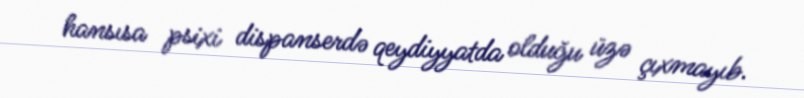
hansısa psixi dispanserdə qeydiyyatda olduğu üzə çıxmayıb.